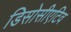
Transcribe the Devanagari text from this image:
डिसोसीएटिव